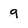
Character: 9